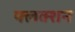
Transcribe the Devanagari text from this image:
फ्लक्शन